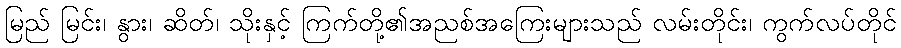
မြည် မြင်း၊ နွား၊ ဆိတ်၊ သိုးနှင့် ကြက်တို့၏အညစ်အကြေးများသည် လမ်းတိုင်း၊ ကွက်လပ်တိုင်